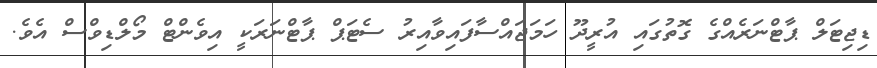
ޑިޖިޓަލް ޕާޓްނަރެއްގެ ގޮތުގައި އުރީދޫ ހަމަޖައްސާފައިވާއިރު ސެޓަޕް ޕާޓްނަރަކީ އިވެންޓް މޯލްޑިވްސް އެވެ.